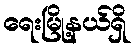
ရေးမြို့နယ်ရှိ